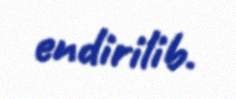
endirilib.